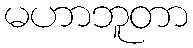
မဟာဘူတာ